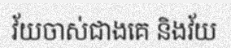
វ័យចាស់ជាងគេ និងវ័យ